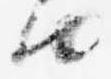
由